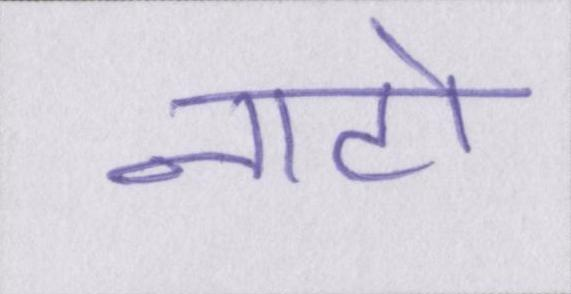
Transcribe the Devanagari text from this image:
नाटो